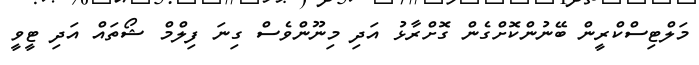
މަލްޓިސްކްރީން ބޭނުންކޮށްގެން ގޮށްރާޅު އަދި މިނޫންވެސް ގިނަ ފިލްމް ޝޯތައް އަދި ޓީވީ